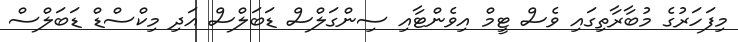
މިފަހަރުގެ މުބާރާތިގައި ވެސް ޓީމް އިވެންޓާއި ސިންގަލްސް ޑަބަލްސް އަދި މިކްސްޑް ޑަބަލްސް